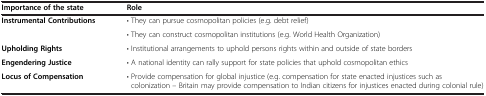
<table><thead><tr><td><b>Importance of the state</b></td><td><b>Role</b></td></tr></thead><tbody><tr><td rowspan="2"><b>Instrumental Contributions</b></td><td>• They can pursue cosmopolitan policies (e.g. debt relief)</td></tr><tr><td>• They can construct cosmopolitan institutions (e.g. World Health Organization)</td></tr><tr><td><b>Upholding Rights</b></td><td>• Institutional arrangements to uphold persons rights within and outside of state borders</td></tr><tr><td><b>Engendering Justice</b></td><td>• A national identity can rally support for state policies that uphold cosmopolitan ethics</td></tr><tr><td><b>Locus of Compensation</b></td><td>• Provide compensation for global injustice (e.g. compensation for state enacted injustices such as colonization – Britain may provide compensation to Indian citizens for injustices enacted during colonial rule)</td></tr></tbody></table>